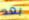
بعد